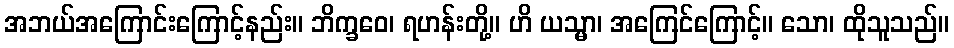
အဘယ်အကြောင်းကြောင့်နည်း။ ဘိက္ခဝေ၊ ရဟန်းတို့။ ဟိ ယသ္မာ၊ အကြေင်ကြောင့်။ သော၊ ထိုသူသည်။